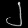
Digit: ၂